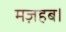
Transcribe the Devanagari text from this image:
मज़हब।